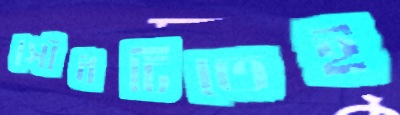
সৌধটিতেই